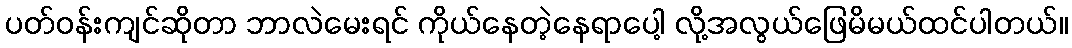
ပတ်ဝန်းကျင်ဆိုတာ ဘာလဲမေးရင် ကိုယ်နေတဲ့နေရာပေါ့ လို့အလွယ်ဖြေမိမယ်ထင်ပါတယ်။